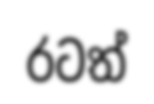
රටත්